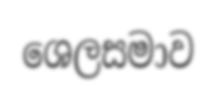
ශෙලසමාව